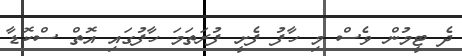
ދެ ޓީމުން ވެސް މި ހާފު ފެށީ ފުރަތަމަ ހާފުގައި އޮތް ސްކޮޑާ